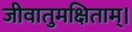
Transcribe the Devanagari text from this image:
जीवातुमक्षिताम्।